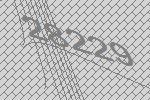
28229